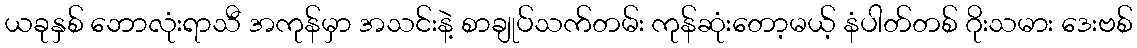
ယခုနှစ် ဘောလုံးရာသီ အကုန်မှာ အသင်းနဲ့ စာချုပ်သက်တမ်း ကုန်ဆုံးတော့မယ့် နံပါတ်တစ် ဂိုးသမား ဒေးဗစ်